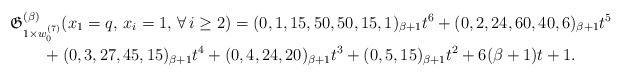
\begin{gather*}\mathfrak{G}_{1 \times w_{0}^{(7)}}^{(\beta)}(x_1=q, \,x_i=1,\,\forall\, i \ge 2) = (0,1,15,50,50,15,1)_{\beta+1} t^6 +(0,2,24,60,40,6)_{\beta+1}t^5\\ \qquad{} + (0,3,27,45,15)_{\beta+1} t^4+ (0,4,24,20)_{\beta+1} t^3+(0,5,15)_{\beta+1} t^2+ 6(\beta+1) t+1. \end{gather*}